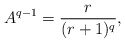
\begin{align*}A^{q-1} = \frac{r}{(r+1)^q},\end{align*}